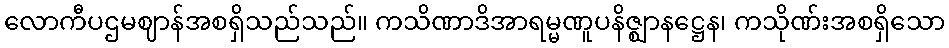
လောကီပဌမဈာန်အစရှိသည်သည်။ ကသိဏာဒိအာရမ္မဏူပနိဇ္ဈာနဋ္ဌေန၊ ကသိုဏ်းအစရှိသော